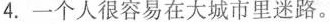
4.一个人很容易在大城市里迷路.。